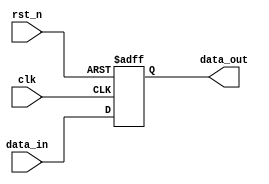
module ParameterizedRegister #(
    parameter WIDTH = 8  // Parameterized width of the register
)(
    input wire clk,       // Clock signal
    input wire rst_n,     // Asynchronous active-low reset signal
    input wire [WIDTH-1:0] data_in, // Input data to be stored
    output reg [WIDTH-1:0] data_out  // Output stored data
);

// Always block for synchronous behavior with asynchronous reset
always @(posedge clk or negedge rst_n) begin
    if (!rst_n) begin
        data_out <= {WIDTH{1'b0}}; // Clear register to zero on reset
    end else begin
        data_out <= data_in; // Capture input data on clock edge
    end
end

endmodule